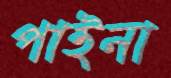
পাইনা